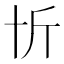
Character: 𠦉